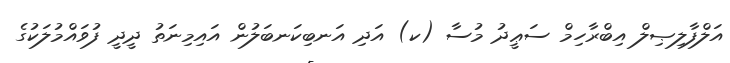
އަލްފާލިޞިލް އިބްރާހިމް ސަޢީދު މުސާ (ކ) އަދި އަނބިކަނބަލުން އައިމިނަތު ދީދީ ފުވައްމުލަކުގެ